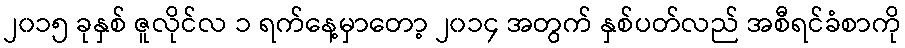
၂၀၁၅ ခုနှစ် ဇူလိုင်လ ၁ ရက်နေ့မှာတော့ ၂၀၁၄ အတွက် နှစ်ပတ်လည် အစီရင်ခံစာကို